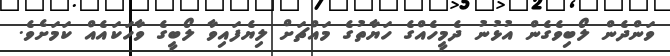
ވަންދެން ލޯބިވެގެން އުޅުނު ދެމީހެއްގެ ހަޔާތުގެ މައްޗަށް ލިޔެފައިވާ ލޯބީގެ ވާހަކައެއް ކަމަށެވެ.